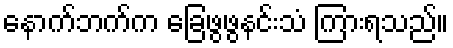
နောက်ဘက်က ခြေဖွဖွနင်းသံ ကြားရသည်။